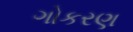
ગોકરણ